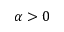
\alpha > 0